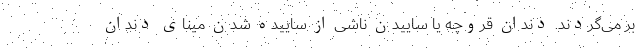
بر می‌گردند. دندان قروچه یا ساییدن ناشی از ساییده شدنِ مینای دندان